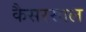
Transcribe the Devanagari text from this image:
कैसरसाल